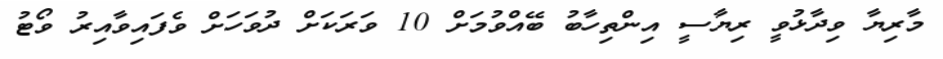
މާރިޔާ ވިދާޅުވީ ރިޔާސީ އިންތިހާބު ބޭއްވުމަށް 10 ވަރަކަށް ދުވަހަށް ވެފައިވާއިރު ވޯޓު